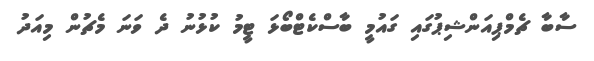
ސާބާ ޗެމްޕިއަންޝިޕުގައި ގައުމީ ބާސްކެޓްބޯޅަ ޓީމު ކުޅުނު ދެ ވަނަ މެޗުން މިއަދު